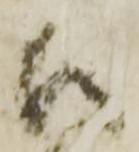
御